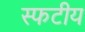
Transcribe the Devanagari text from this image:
स्फटीय